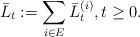
LaTeX: \begin{align*}\bar{L}_t := \sum_{i\in E} \bar{L}^{(i)}_t, t\geq 0.\end{align*}